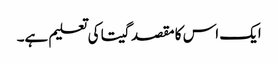
ایک اس کا مقصد گیتا کی تعلیم ہے۔